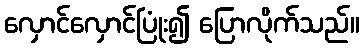
လှောင်လှောင်ပြုံး၍ ပြောလိုက်သည်။